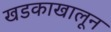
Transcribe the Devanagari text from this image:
खडकाखालून